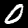
Label: 0